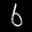
Label: 6